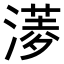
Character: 𣾖